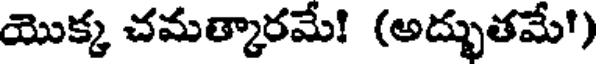
యొక్క చమత్కారమే! (అద్భుతమే')